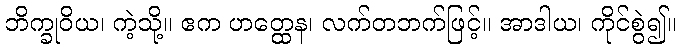
ဘိက္ခုဝိယ၊ ကဲ့သို့။ ဧက ဟတ္ထေန၊ လက်တဘက်ဖြင့်။ အာဒါယ၊ ကိုင်စွဲ၍။